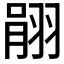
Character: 𦐽